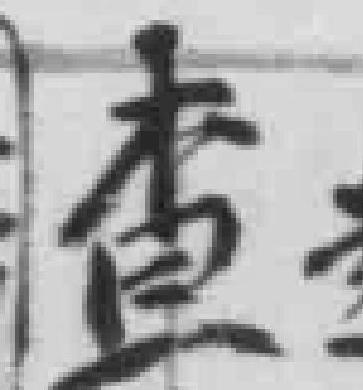
查